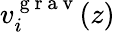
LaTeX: v_{i}^{\mathrm{~g~r~a~v~}}(z)